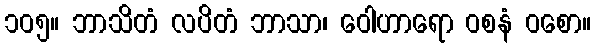
၁၀၅။ ဘာသိတံ လပိတံ ဘာသာ၊ ဝေါဟာရော ဝစနံ ဝစော။